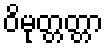
ဝိမုတ္တတ္တာ